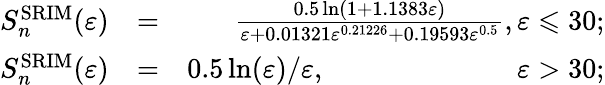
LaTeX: \begin{array}{rlr}{S_{n}^{\mathrm{SRIM}}(\varepsilon)}&{=}&{\frac{0.5\ln(1+1.1383\varepsilon)}{\varepsilon+0.01321\varepsilon^{0.21226}+0.19593\varepsilon^{0.5}},\varepsilon\leqslant 30;}\\ {S_{n}^{\mathrm{SRIM}}(\varepsilon)}&{=}&{0.5\ln(\varepsilon)/\varepsilon,\phantom{3.5\ln(\varepsilon)/\varepsilon\ln(\varepsilon)}\varepsilon>30;}\end{array}